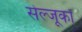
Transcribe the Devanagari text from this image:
सेल्जूकों